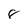
Character: 8